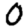
Digit: 0